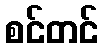
စင်တင်